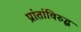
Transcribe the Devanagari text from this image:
प्रांतांविरुद्ध